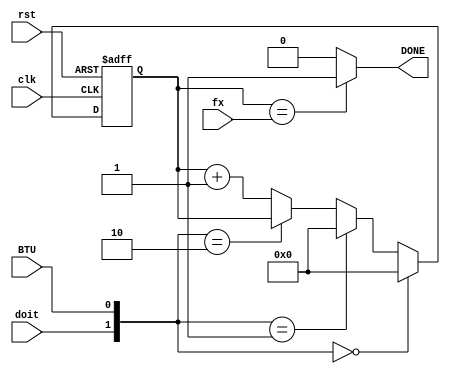
`timescale 1ns / 1ps

//******************************************************************************//
//  Project:	CECS 460 Project 4: Full UART                                   //
//                                                                              //
//	Created by Vince Nguyen on May 11, 2020                                     //
//  Copyright  2020 Vince Nguyen.  All rights reserved.                        //
//                                                                              //
//  In submitting this file for class work at CSULB I am confirming that this   //
//  is my work and the work of no one else.  In submitting this code I          //
//  acknowledge that plagiarism in student project work is subject to dismissal //
//  from the class.                                                             //
//                                                                              //
//******************************************************************************//

module Counter_Done(
    input           clk,
    input           rst,
    input           BTU,
    input           doit,
    input   [3:0]   fx,
    output          DONE
    );
    
    reg     [3:0]   Q;
    wire    [3:0]   D;

    always @(posedge clk, posedge rst)
        if(rst)
            Q <= 4'b0;
        else
            Q <= D;
    
    assign DONE = (Q == fx) ? 1'b1 : 1'b0;
    
    assign D =  ({doit,BTU} == 2'b00) ? 4'b0:
                ({doit,BTU} == 2'b01) ? 4'b0:
                ({doit,BTU} == 2'b10) ? Q:
                                        Q + 4'b1;
endmodule